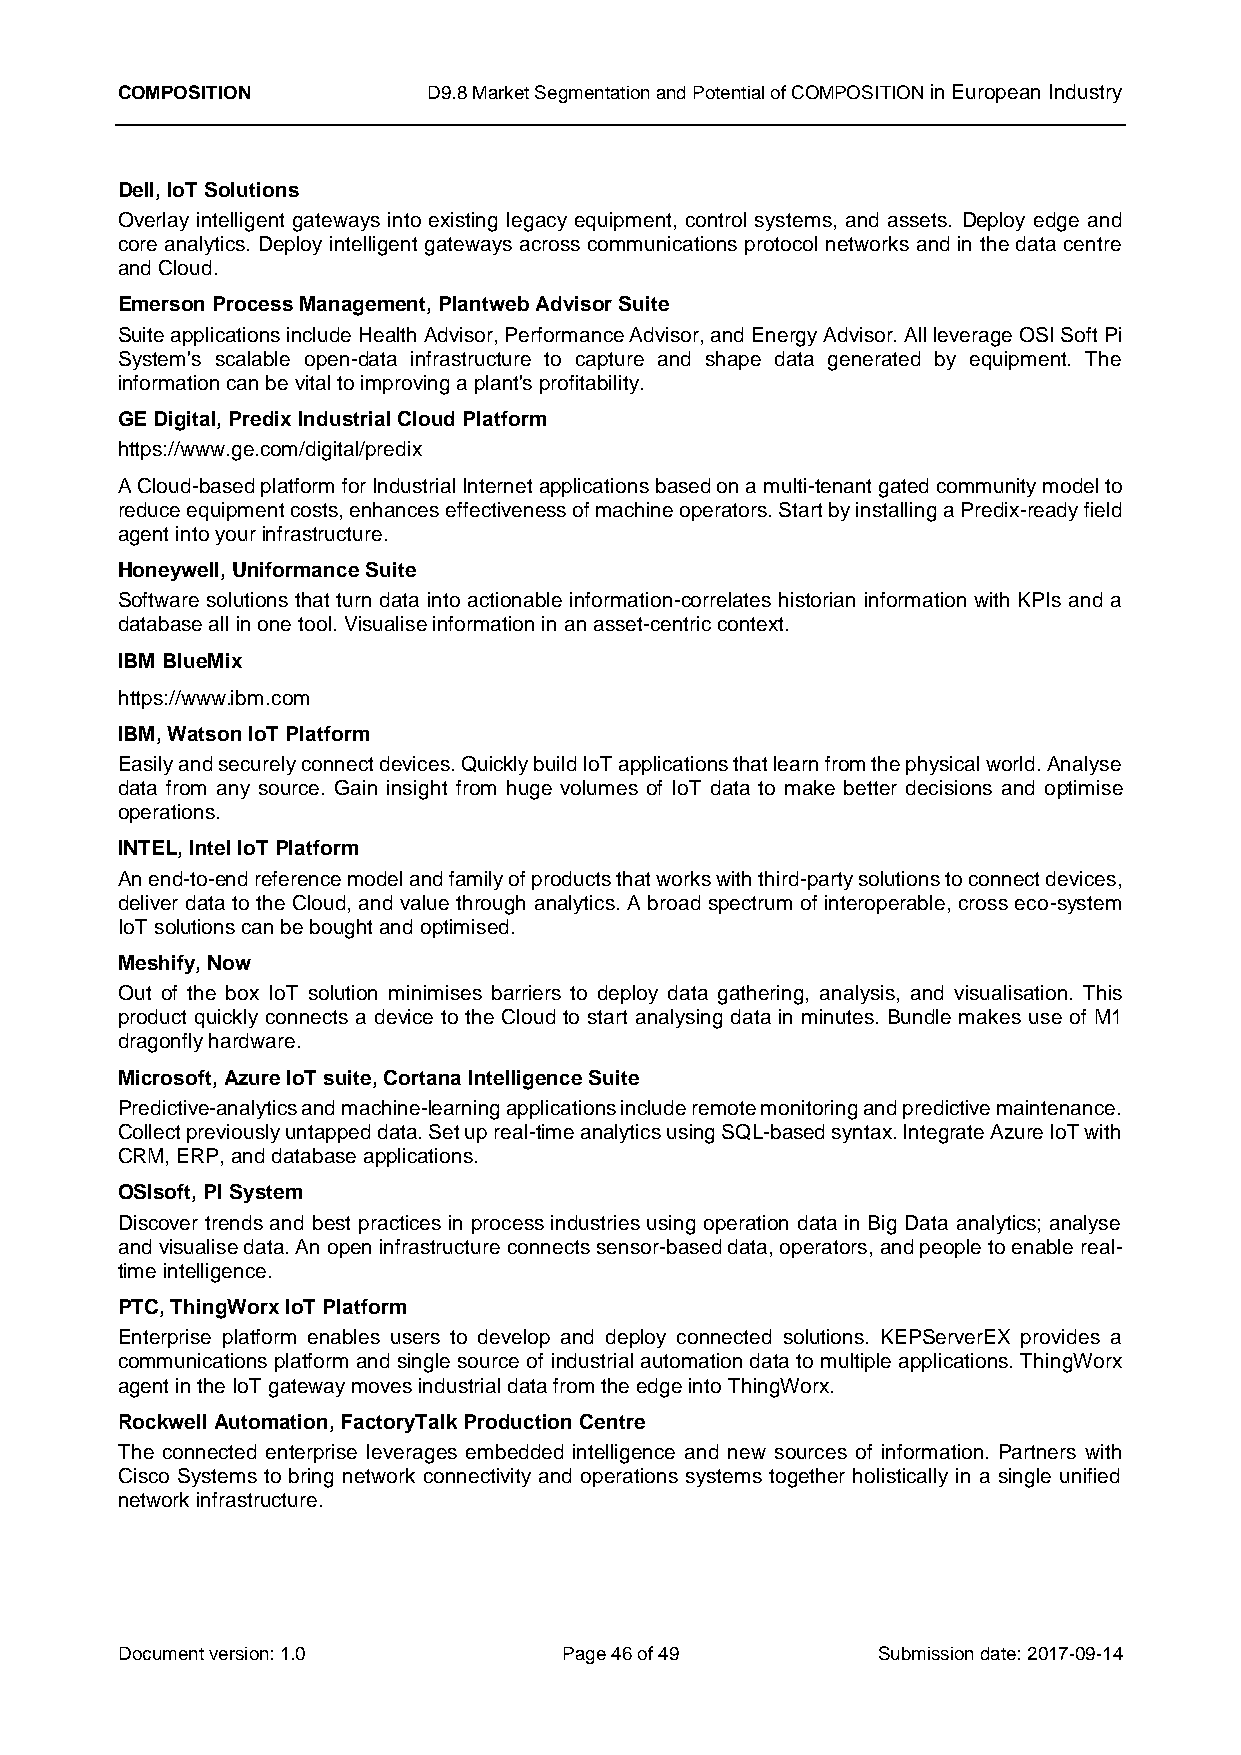
COMPOSITION         D9.8 Market Segmentation and Potential of COMPOSITION in European Industry
 Dell, IoT Solutions
 Overlay intelligent gateways into existing legacy equipment, control systems, and assets. Deploy edge and
 core analytics. Deploy intelligent gateways across communications protocol networks and in the data centre
 and Cloud.
 Emerson Process Management, Plantweb Advisor Suite
 Suite applications include Health Advisor, Performance Advisor, and Energy Advisor. All leverage OSI Soft Pi
 System's scalable open-data infrastructure to capture and shape data generated by equipment. The
 information can be vital to improving a plant's profitability.
 GE Digital, Predix Industrial Cloud Platform
 https://www.ge.com/digital/predix
 A Cloud-based platform for Industrial Internet applications based on a multi-tenant gated community model to
 reduce equipment costs, enhances effectiveness of machine operators. Start by installing a Predix-ready field
 agent into your infrastructure.
 Honeywell, Uniformance Suite
 Software solutions that turn data into actionable information-correlates historian information with KPIs and a
 database all in one tool. Visualise information in an asset-centric context.
 IBM BlueMix
 https://www.ibm.com
 IBM, Watson IoT Platform
 Easily and securely connect devices. Quickly build IoT applications that learn from the physical world. Analyse
 data from any source. Gain insight from huge volumes of IoT data to make better decisions and optimise
 operations.
 INTEL, Intel IoT Platform
 An end-to-end reference model and family of products that works with third-party solutions to connect devices,
 deliver data to the Cloud, and value through analytics. A broad spectrum of interoperable, cross eco-system
 IoT solutions can be bought and optimised.
 Meshify, Now
 Out of the box IoT solution minimises barriers to deploy data gathering, analysis, and visualisation. This
 product quickly connects a device to the Cloud to start analysing data in minutes. Bundle makes use of M1
 dragonfly hardware.
 Microsoft, Azure IoT suite, Cortana Intelligence Suite
 Predictive-analytics and machine-learning applications include remote monitoring and predictive maintenance.
 Collect previously untapped data. Set up real-time analytics using SQL-based syntax. Integrate Azure IoT with
 CRM, ERP, and database applications.
 OSIsoft, PI System
 Discover trends and best practices in process industries using operation data in Big Data analytics; analyse
 and visualise data. An open infrastructure connects sensor-based data, operators, and people to enable real-
 time intelligence.
 PTC, ThingWorx IoT Platform
 Enterprise platform enables users to develop and deploy connected solutions. KEPServerEX provides a
 communications platform and single source of industrial automation data to multiple applications. ThingWorx
 agent in the IoT gateway moves industrial data from the edge into ThingWorx.
 Rockwell Automation, FactoryTalk Production Centre
 The connected enterprise leverages embedded intelligence and new sources of information. Partners with
 Cisco Systems to bring network connectivity and operations systems together holistically in a single unified
 network infrastructure.
 Document version: 1.0        Page 46 of 49        Submission date: 2017-09-14